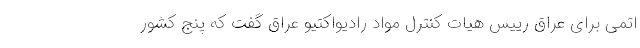
اتمی برای عراق رییس هیات کنترل مواد رادیواکتیو عراق گفت که پنج کشور